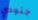
جنودي